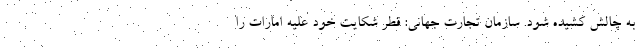
به چالش کشیده شود. سازمان تجارت جهانی: قطر شکایت خود علیه امارات را